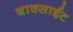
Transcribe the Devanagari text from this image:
बाक्साईट